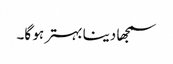
سمجھا دینا بہتر ہو گا۔